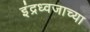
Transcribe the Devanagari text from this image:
इंद्रध्वजाच्या